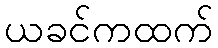
ယခင်ကထက်